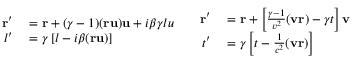
\begin{array} { c c } { { \begin{array} { r l } { \mathbf { r } ^ { \prime } } & { { } = \mathbf { r } + ( \gamma - 1 ) ( \mathbf { r u } ) \mathbf { u } + i \beta \gamma l u } \\ { l ^ { \prime } } & { { } = \gamma \left[ l - i \beta ( \mathbf { r u } ) \right] } \end{array} } } & { { \begin{array} { r l } { \mathbf { r } ^ { \prime } } & { { } = \mathbf { r } + \left[ { \frac { \gamma - 1 } { v ^ { 2 } } } ( \mathbf { v r } ) - \gamma t \right] \mathbf { v } } \\ { t ^ { \prime } } & { { } = \gamma \left[ t - { \frac { 1 } { c ^ { 2 } } } ( \mathbf { v r } ) \right] } \end{array} } } \end{array}